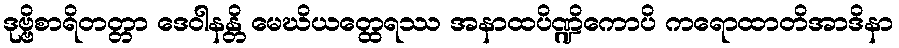
ဒုဗ္ဗိစာရိတတ္တာ ဒေဝါနန္တိ မေဃိယတ္ထေရဿ အနာထပိဏ္ဍိကောပိ ကရောထာတိအာဒိနာ